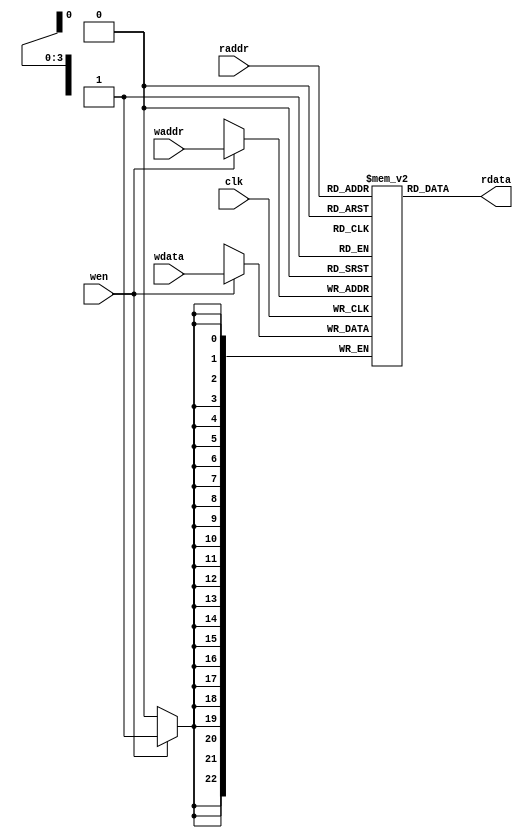
`timescale 10 ns / 1 ns

`define TARRAY_DATA_WIDTH 23
`define TARRAY_ADDR_WIDTH 4
`define TARRAY_SET 16
//setTARRAT_SET TARRT_ADDR_WIDTH
module tag_array(
	input                             clk,
	input  [`TARRAY_ADDR_WIDTH - 1:0] waddr,
	input  [`TARRAY_ADDR_WIDTH - 1:0] raddr,
	input                             wen,
	input  [`TARRAY_DATA_WIDTH - 1:0] wdata,
	output [`TARRAY_DATA_WIDTH - 1:0] rdata
);

	reg [`TARRAY_DATA_WIDTH-1:0] array[ `TARRAY_SET - 1 : 0];
	
	always @(posedge clk)
	begin
		if(wen)
			array[waddr] <= wdata;
	end 

assign rdata = array[raddr];

endmodule